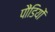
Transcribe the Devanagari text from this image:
पौंडियों